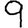
Digit: 9